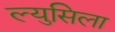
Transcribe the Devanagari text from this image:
ल्युसिला